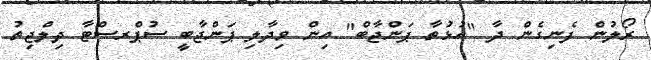
ރޯލުން ފެނިގެން ދާ "އުޅުތާ ޕަންޖާބް" އިން ވިދާލި ޕަންޖާބީ ސުޕްރސްޓާ ދިލްޖިތު